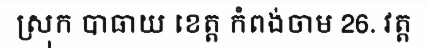
ស្រុក បាធាយ ខេត្ត កំពង់ចាម 26. វត្ត